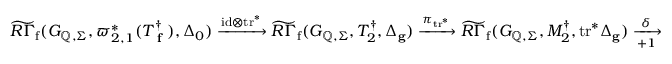
\widetilde { R \Gamma } _ { \mathrm { f } } ( G _ { \mathbb { Q } , \Sigma } , { \varpi _ { 2 , 1 } ^ { * } ( T _ { \textup { \bf f } } ^ { \dagger } ) } , \Delta _ { 0 } ) \xrightarrow { \mathrm { i d } \otimes \mathrm { t r } ^ { * } } \widetilde { R \Gamma } _ { \mathrm { f } } ( G _ { \mathbb { Q } , \Sigma } , T _ { 2 } ^ { \dagger } , \Delta _ { \mathbf { g } } ) \xrightarrow { \pi _ { \mathrm { t r } ^ { * } } } \widetilde { R \Gamma } _ { \mathrm { f } } ( G _ { \mathbb { Q } , \Sigma } , M _ { 2 } ^ { \dagger } , \mathrm { t r } ^ { * } \Delta _ { \mathbf { g } } ) \xrightarrow [ + 1 ] { \delta }